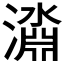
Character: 𱩞